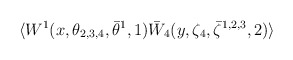
\begin{align*} \langle W^{1}(x,\theta_{2,3,4}, \bar\theta^{1},1) \bar W_4(y, \zeta_4, \bar\zeta^{1,2,3},2) \rangle\end{align*}